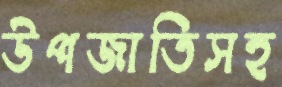
উপজাতিসহ